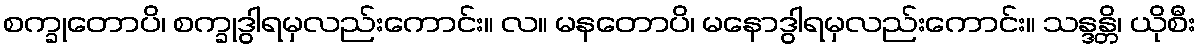
စက္ခုတောပိ၊ စက္ခုဒွါရမှလည်းကောင်း။ လ။ မနတောပိ၊ မနောဒွါရမှလည်းကောင်း။ သန္ဒန္တိ၊ ယိုစီး